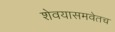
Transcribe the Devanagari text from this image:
शेवयासमवेतच